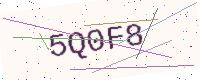
Text: 5Q0F8